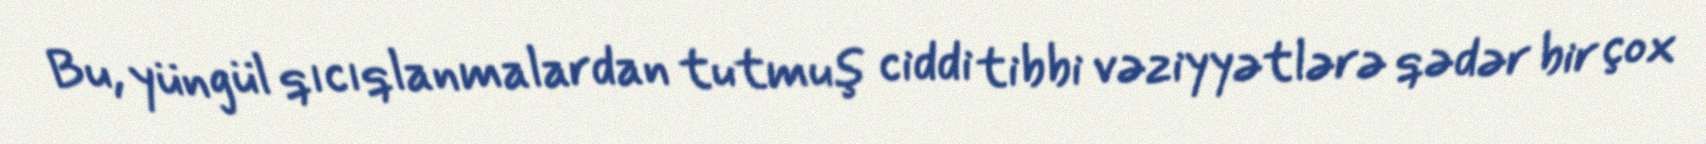
Bu, yüngül qıcıqlanmalardan tutmuş ciddi tibbi vəziyyətlərə qədər bir çox